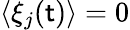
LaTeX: \langle\xi_{j}(\mathsf{t})\rangle=0